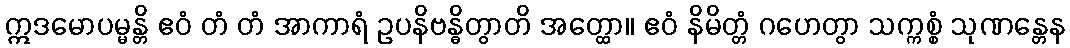
ဣဒမောပမ္မန္တိ ဧဝံ တံ တံ အာကာရံ ဥပနိဗန္ဓိတွာတိ အတ္ထော။ ဧဝံ နိမိတ္တံ ဂဟေတွာ သက္ကစ္စံ သုဏန္တေန